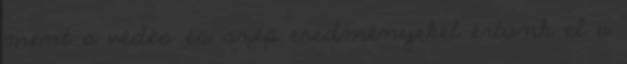
ment a védés és szép eredményeket értünk el a